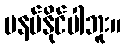
မနပ်နိုင်ပါဘူး။